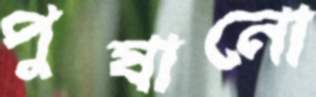
পুষানো